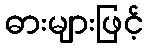
ဓားများဖြင့်